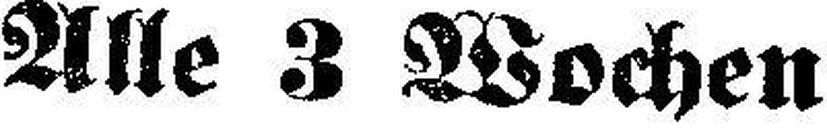
Alle 3 Wochen